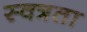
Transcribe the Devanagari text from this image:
स्वत्रता